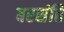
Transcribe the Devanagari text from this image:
बरसंहि